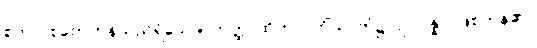
စုတာ၊ စုတေကုန်သည်ရှိသော်။ တတ္ထ၊ ထိုတာဝတိံသာဘုံ၌။ ဥပပန္နာ၊ ဖြစ်ကုန်၏။